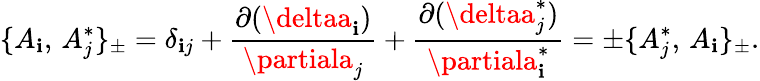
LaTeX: \{ A_{\mathbf{i}},\, A_{j}^{*}\} _{\pm}=\delta_{\mathbf{i}j}+{\frac{{\partial(\deltaa_{\mathbf{i}})}}{{\partiala_{j}}}}+{\frac{{\partial(\deltaa_{j}^{*})}}{{\partiala_{\mathbf{i}}^{*}}}}=\pm\{ A_{j}^{*},\, A_{\mathbf{i}}\} _{\pm}.